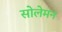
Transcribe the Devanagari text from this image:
सोलेमन